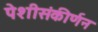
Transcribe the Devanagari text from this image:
पेशीसंकीर्णन